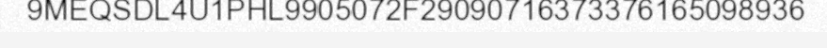
9MEQSDL4U1PHL9905072F29090716373376165098936